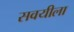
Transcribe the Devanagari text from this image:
सवयीला